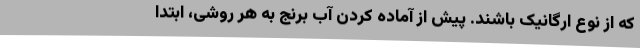
که از نوع ارگانیک باشند. پیش از آماده کردن آب برنج به هر روشی، ابتدا